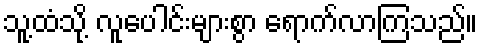
သူ့ထံသို့ လူပေါင်းများစွာ ရောက်လာကြသည်။